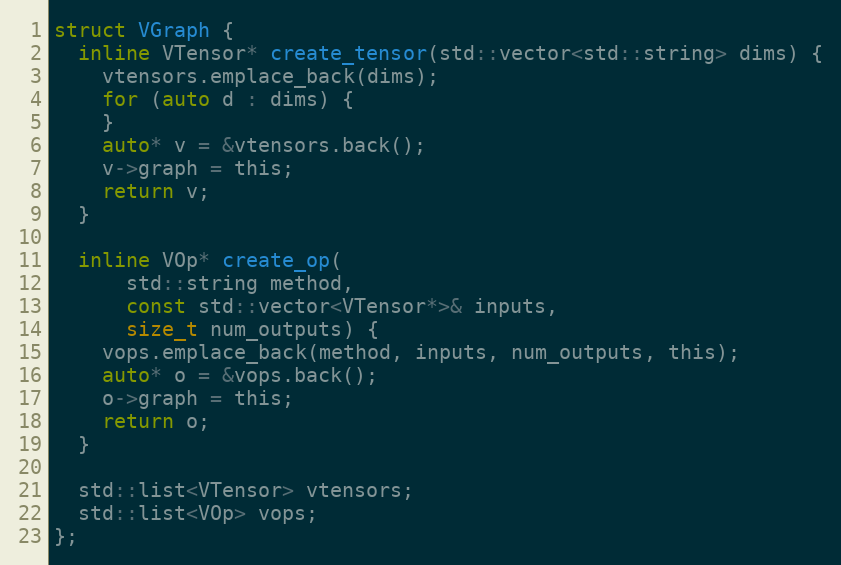
Language: C
struct VGraph {
  inline VTensor* create_tensor(std::vector<std::string> dims) {
    vtensors.emplace_back(dims);
    for (auto d : dims) {
    }
    auto* v = &vtensors.back();
    v->graph = this;
    return v;
  }

  inline VOp* create_op(
      std::string method,
      const std::vector<VTensor*>& inputs,
      size_t num_outputs) {
    vops.emplace_back(method, inputs, num_outputs, this);
    auto* o = &vops.back();
    o->graph = this;
    return o;
  }

  std::list<VTensor> vtensors;
  std::list<VOp> vops;
};